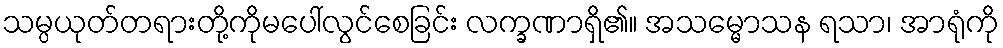
သမ္ပယုတ်တရားတို့ကိုမပေါ်လွင်စေခြင်း လက္ခဏာရှိ၏။ အသမ္မောသန ရသာ၊ အာရုံကို